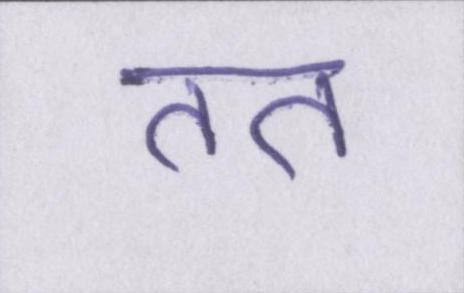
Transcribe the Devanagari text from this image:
तत